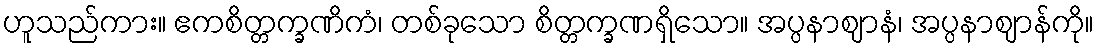
ဟူသည်ကား။ ဧကစိတ္တက္ခဏိကံ၊ တစ်ခုသော စိတ္တက္ခဏရှိသော။ အပ္ပနာဈာနံ၊ အပ္ပနာဈာန်ကို။